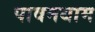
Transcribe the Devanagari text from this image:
पावनधाम